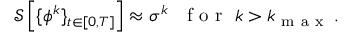
\begin{array} { r } { \mathcal { S } \left[ \{ { \phi } ^ { k } \} _ { t \in [ 0 , T ] } \right] \approx \sigma ^ { k } ~ ~ \mathrm { ~ f ~ o ~ r ~ } ~ k > k _ { \mathrm { ~ m ~ a ~ x ~ } } \, . } \end{array}